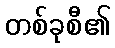
တစ်ခုစီ၏